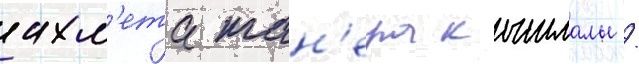
ахм'ета тан'ера кышлалы /